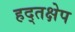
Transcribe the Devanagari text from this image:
हद्तक्षेप